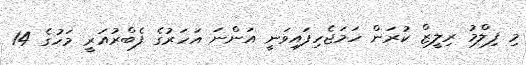
މި ފިލްމު ރިލީޒް ކުރަން ހަމަޖެހިފައިވަނީ އަންނަ އަހަރުގެ ފެބްރުއަރީ މަހުގެ 14